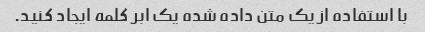
با استفاده از یک متن داده شده یک ابر کلمه ایجاد کنید.